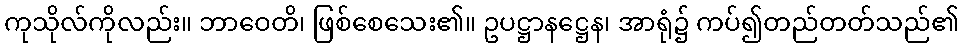
ကုသိုလ်ကိုလည်း။ ဘာဝေတိ၊ ဖြစ်စေသေး၏။ ဥပဋ္ဌာနဋ္ဌေန၊ အာရုံ၌ ကပ်၍တည်တတ်သည်၏